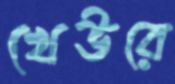
খেউরে